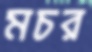
মচর